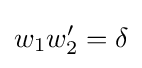
w_{1}w_{2}'=\delta